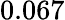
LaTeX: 0.067